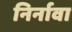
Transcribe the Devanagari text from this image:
निर्नावा